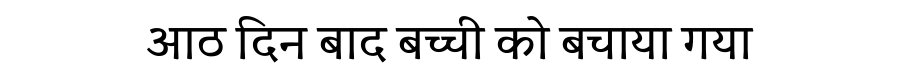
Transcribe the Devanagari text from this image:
आठ दिन बाद बच्ची को बचाया गया